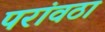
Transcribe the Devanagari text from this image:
परांवठा